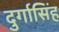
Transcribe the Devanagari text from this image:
दुर्गासिंह